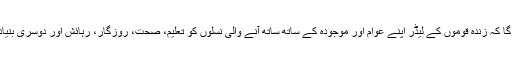
آپ دنیا میں جہاں بھی گئے ہوں گے، آپ نے یہ دیکھا ہوگا کہ زندہ قوموں کے لیڈر اپنے عوام اور موجودہ کے ساتھ ساتھ آنے والی نسلوں کو تعلیم، صحت، روزگار، رہائش اور دوسری بنیادی ضرورتوں کی فراہمی کے لیے اپنی جان لڑادیتے ہیں۔